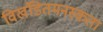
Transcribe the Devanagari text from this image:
विखंडितमनस्कता